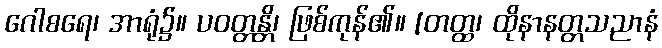
ဂေါစရေ၊ အာရုံ၌။ ပဝတ္တန္တိ၊ ဖြစ်ကုန်၏။ [တတ္ထ၊ ထိုနာနတ္တသညာနံ